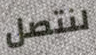
لنتصل